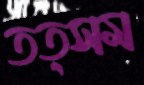
তত্সম